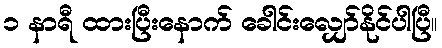
၁ နာရီ ထားပြီးနောက် ခေါင်းလျှော်နိုင်ပါပြီ။